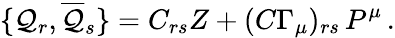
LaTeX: \{ {\cal{Q}}_{r},\overline{{{{\cal{Q}}}}}_{s}\} =C_{rs}{Z}+(C\Gamma_{\mu})_{rs}\, P^{\mu}\, .